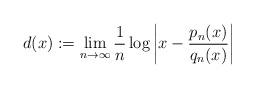
LaTeX: \begin{align*}d(x): = \lim\limits_{n \to \infty}\frac{1}{n}\log \left|x - \frac{p_n(x)}{q_n(x)}\right|\end{align*}